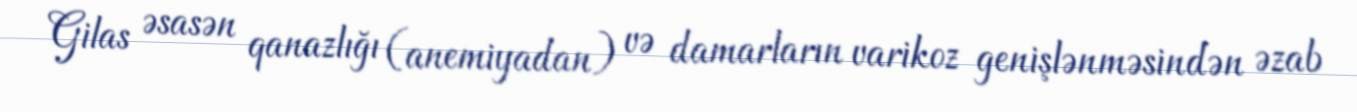
Gilas əsasən qanazlığı (anemiyadan) və damarların varikoz genişlənməsindən əzab